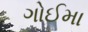
ગોઈમા